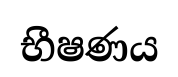
භීෂණය